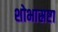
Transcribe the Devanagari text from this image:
शोभास्रष्टा